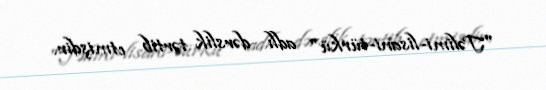
"Təlimi-lisani-türkü" adlı dərslik tərtib etmişdir.